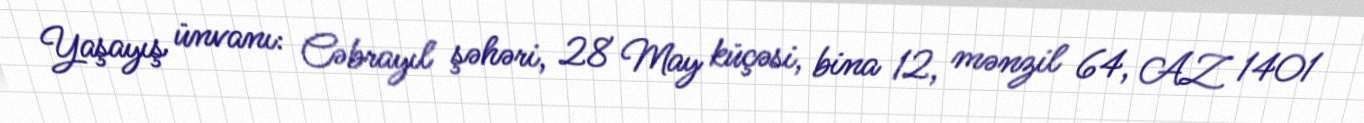
Yaşayış ünvanı: Cəbrayıl şəhəri, 28 May küçəsi, bina 12, mənzil 64, AZ 1401